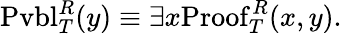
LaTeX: \mathrm{Pvbl}_{T}^{R}(y)\equiv\exists x\mathrm{Proof}_{T}^{R}(x,y).